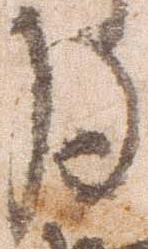
月